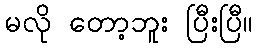
မလို တော့ဘူး ပြီးပြီ။